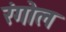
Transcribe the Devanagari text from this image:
रंगोल